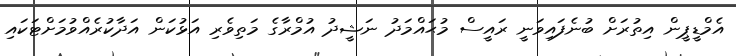
އެމްޑީޕީން އިތުރަށް ބުނެފައިވަނީ ރައީސް މުޙައްމަދު ނަޝީދު އުމްރާގެ މަތިވެރި އަޅުކަން އަދާކުރެއްވުމަށްޓަކައި